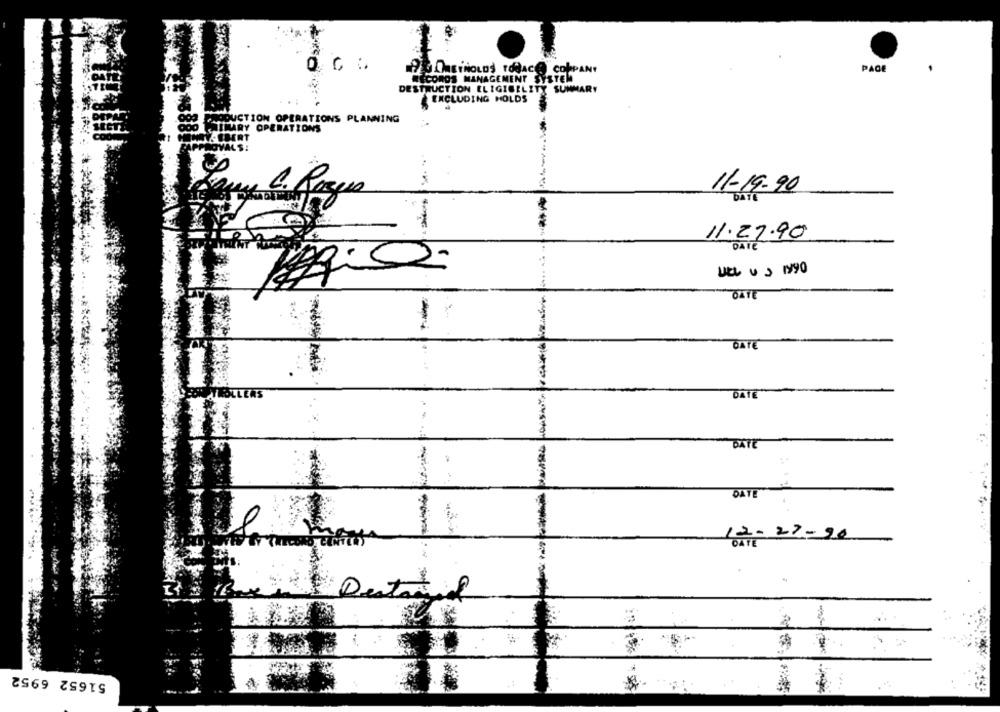
1900 ETNOLDS TOBACO COLPANY
PAGE
RECORDS MANAGEMENT SYSTEM
DESTRUCTION ELIGIGELITY SUMMARY
EXCLUDING HOLDS
DUCTION OPERATIONS PLANNING
MARY OPERATIONS
PERT
C. Rogues
11-19-90
11.27.90
DATE
UEL US 1990
OATE
-
DATE
DATE
DATE
DATE
12-22-20
51652 6952